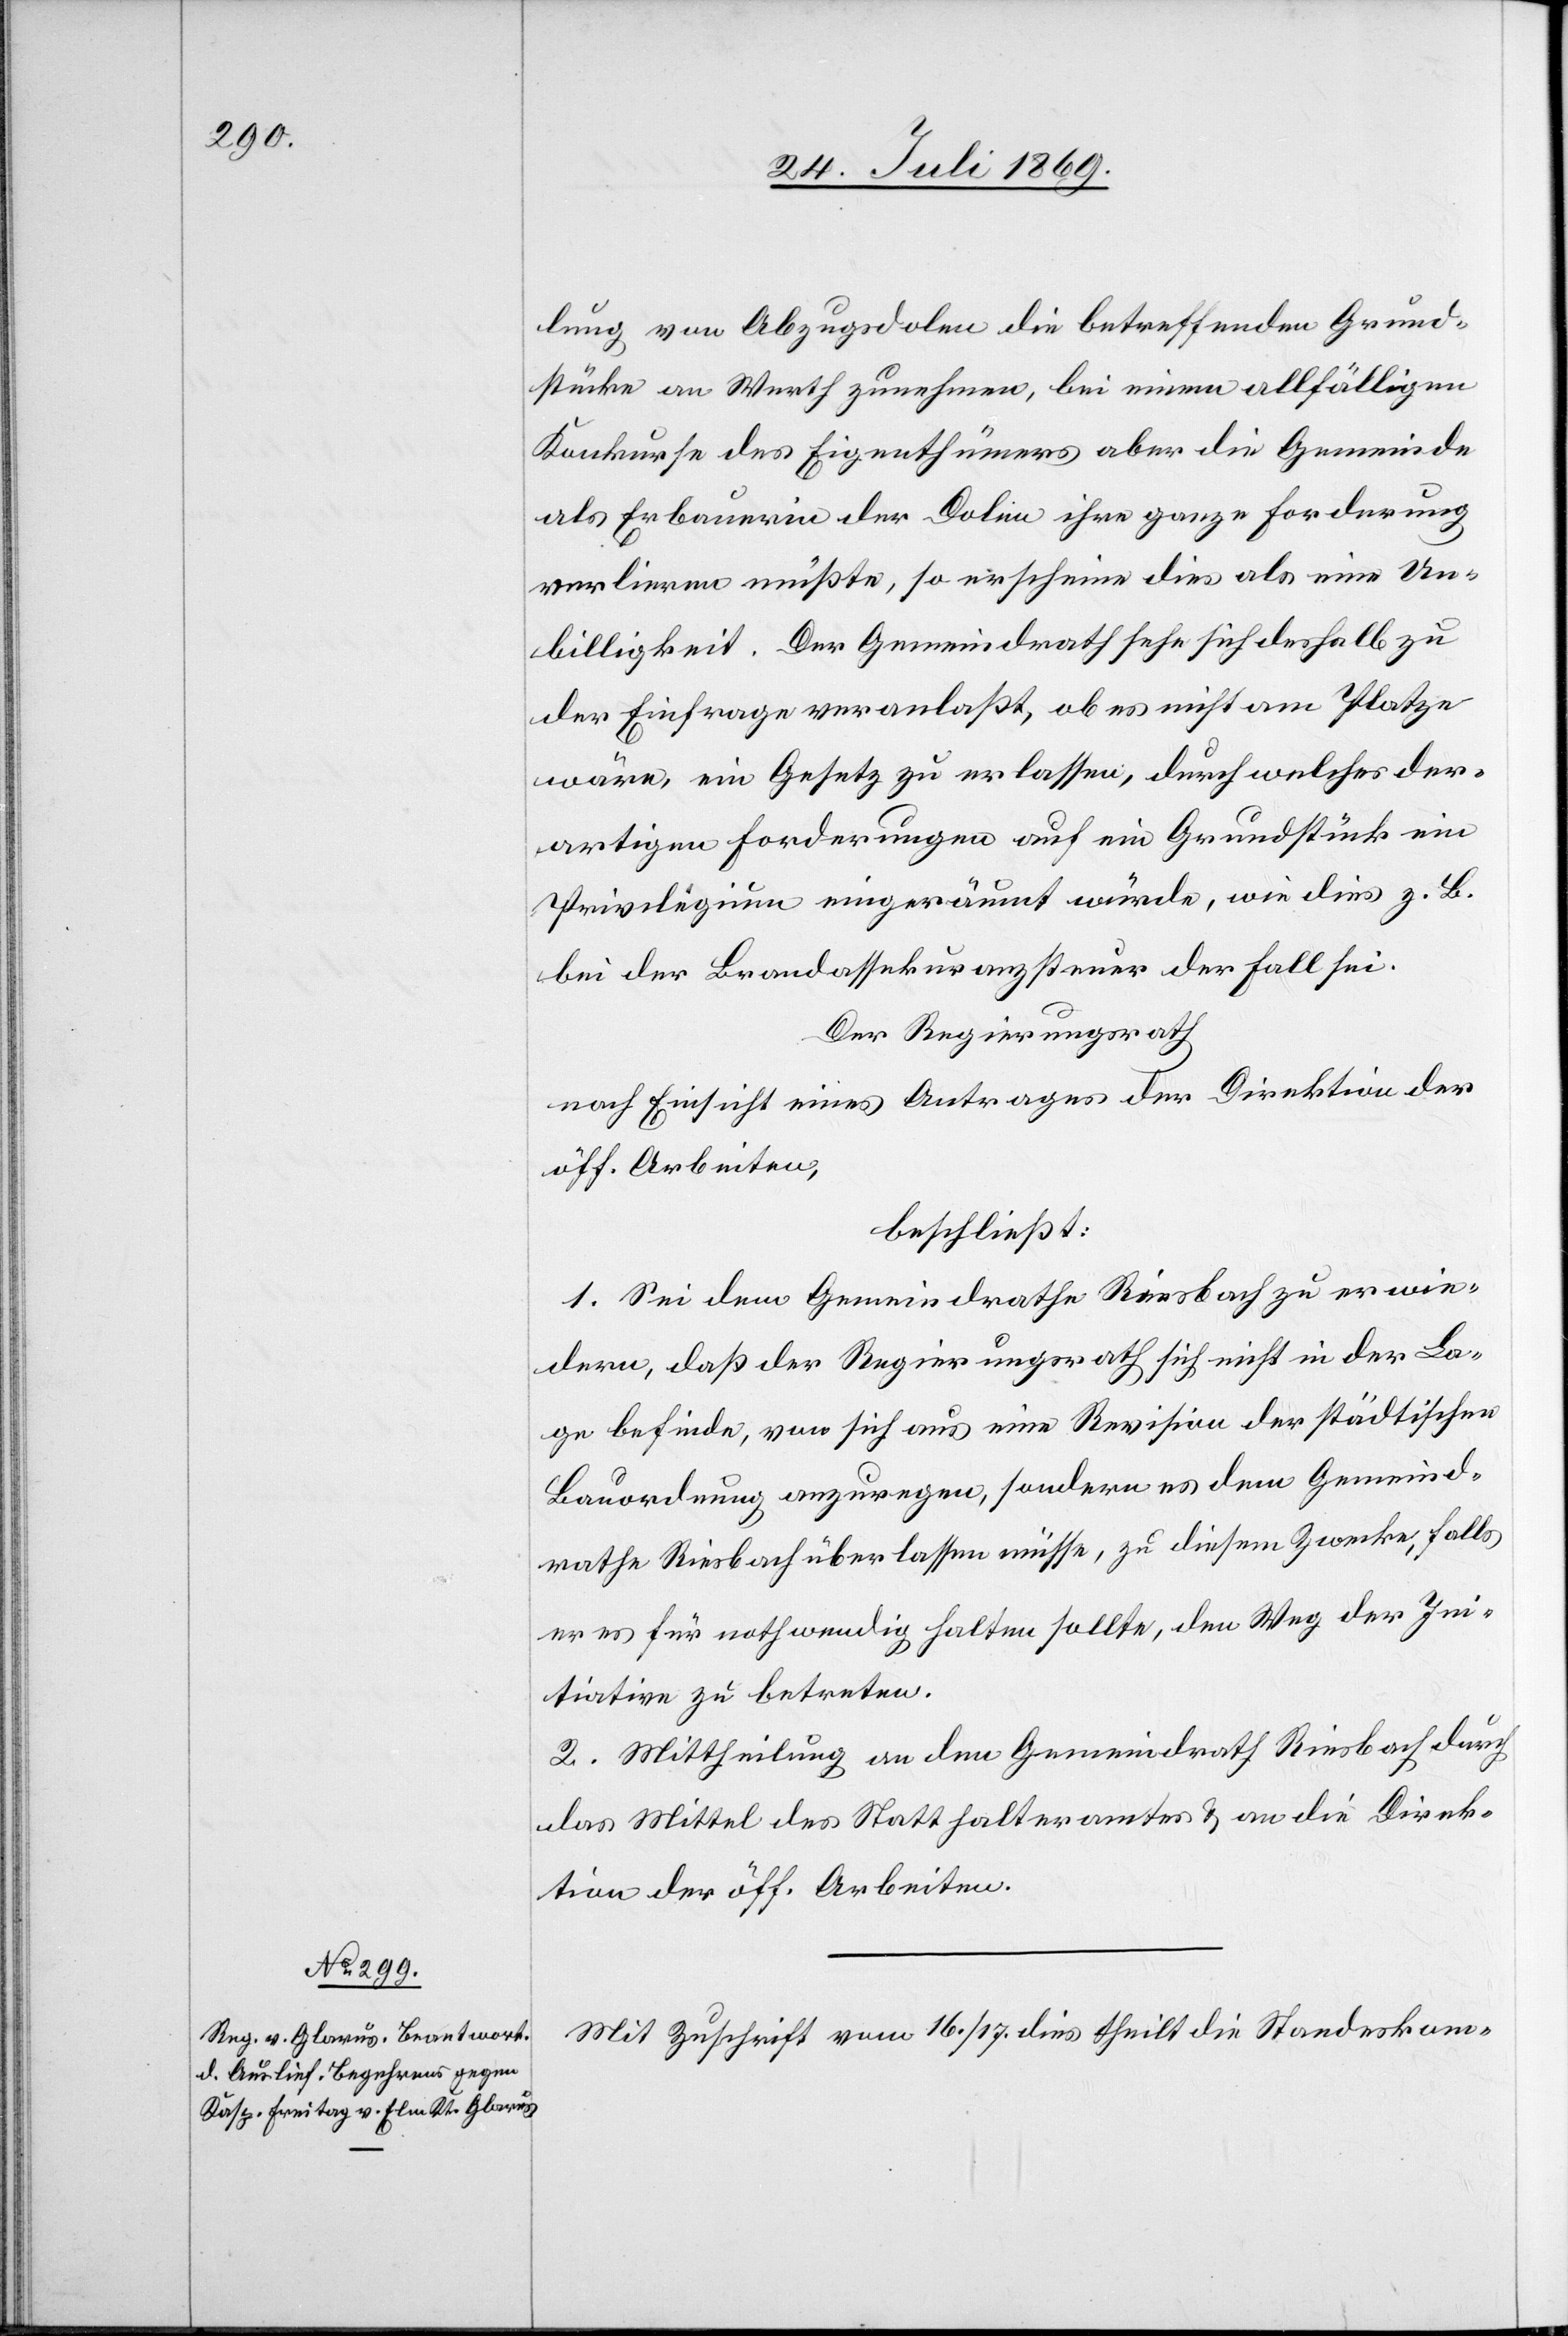
lung von Abzugsdolen die betreffenden Grund¬
stücke an Werth zunehmen, bei einem allfälligen
Konkurse des Eigenthümers aber die Gemeinde
als Erbauerin der Dolen ihre ganze Forderung
verlieren müßte, so erscheine dies als eine Un¬
billigkeit. Der Gemeindrath sehe sich deshalb zu
der Einfrage veranlaßt, ob es nicht am Platze
wäre, ein Gesetz zu erlassen, durch welches der¬
artigen Forderungen auf ein Grundstück ein
Privilegium eingeräumt würde, wie dies z. B.
bei der Brandassekuranzsteuer der Fall sei.
Der Regierungsrath
nach Einsicht eines Antrages der Direktion der
öff. Arbeiten,
beschließt:
1. Sei dem Gemeindrathe Riesbach zu erwie¬
dern, daß der Regierungsrath sich nicht in der La¬
ge befinde, von sich aus eine Revision der städtischen
Bauordnung anzuregen, sondern es dem Gemeind¬
rathe Riesbach überlassen müsse, zu diesem Zwecke, falls
er es für nothwendig halten sollte, den Weg der Ini¬
tiative zu betreten.
2. Mittheilung an den Gemeindrath Riesbach durch
das Mittel des Statthalteramtes u. an die Direk¬
tion der öff. Arbeiten.
Mit Zuschrift vom 16/17 dies theilt die Standeskom-